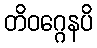
တိဝဂ္ဂေနပိ